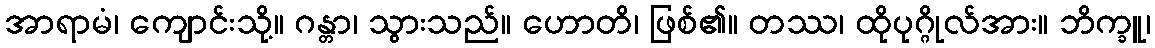
အာရာမံ၊ ကျောင်းသို့။ ဂန္တာ၊ သွားသည်။ ဟောတိ၊ ဖြစ်၏။ တဿ၊ ထိုပုဂ္ဂိုလ်အား။ ဘိက္ခူ၊